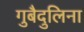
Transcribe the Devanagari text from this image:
गुबैदुलिना